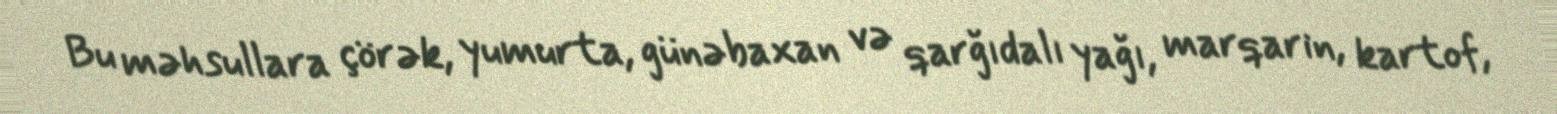
Bu məhsullara çörək, yumurta, günəbaxan və qarğıdalı yağı, marqarin, kartof,